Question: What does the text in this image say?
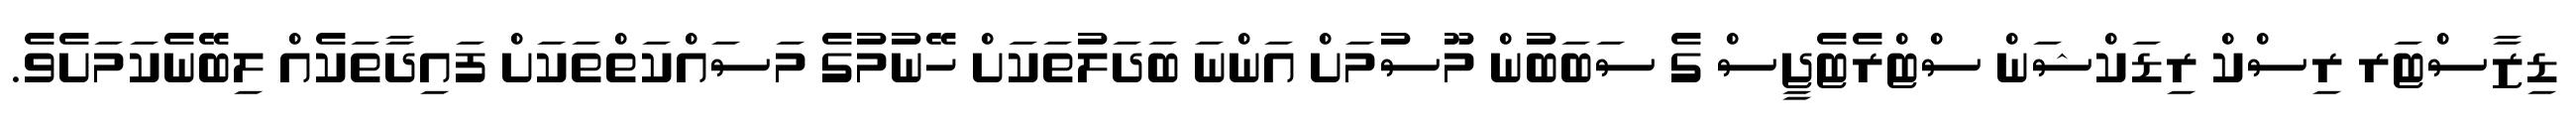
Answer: ޑިޒާސްޓަރ ރިސްކް ރިޑަކްޝަން ސްޓްރެޓެޖީސް ގެ ސަބަބުން މޫސުމަށް އަންނަ ބަދަލުތަކަށް ހޭނުމުގެ މަސައްކަތްތަކަށް ފައިދާތަކެއް ލިބޭނެކަމަށެވެ.